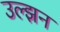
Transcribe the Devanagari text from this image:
उल्झन